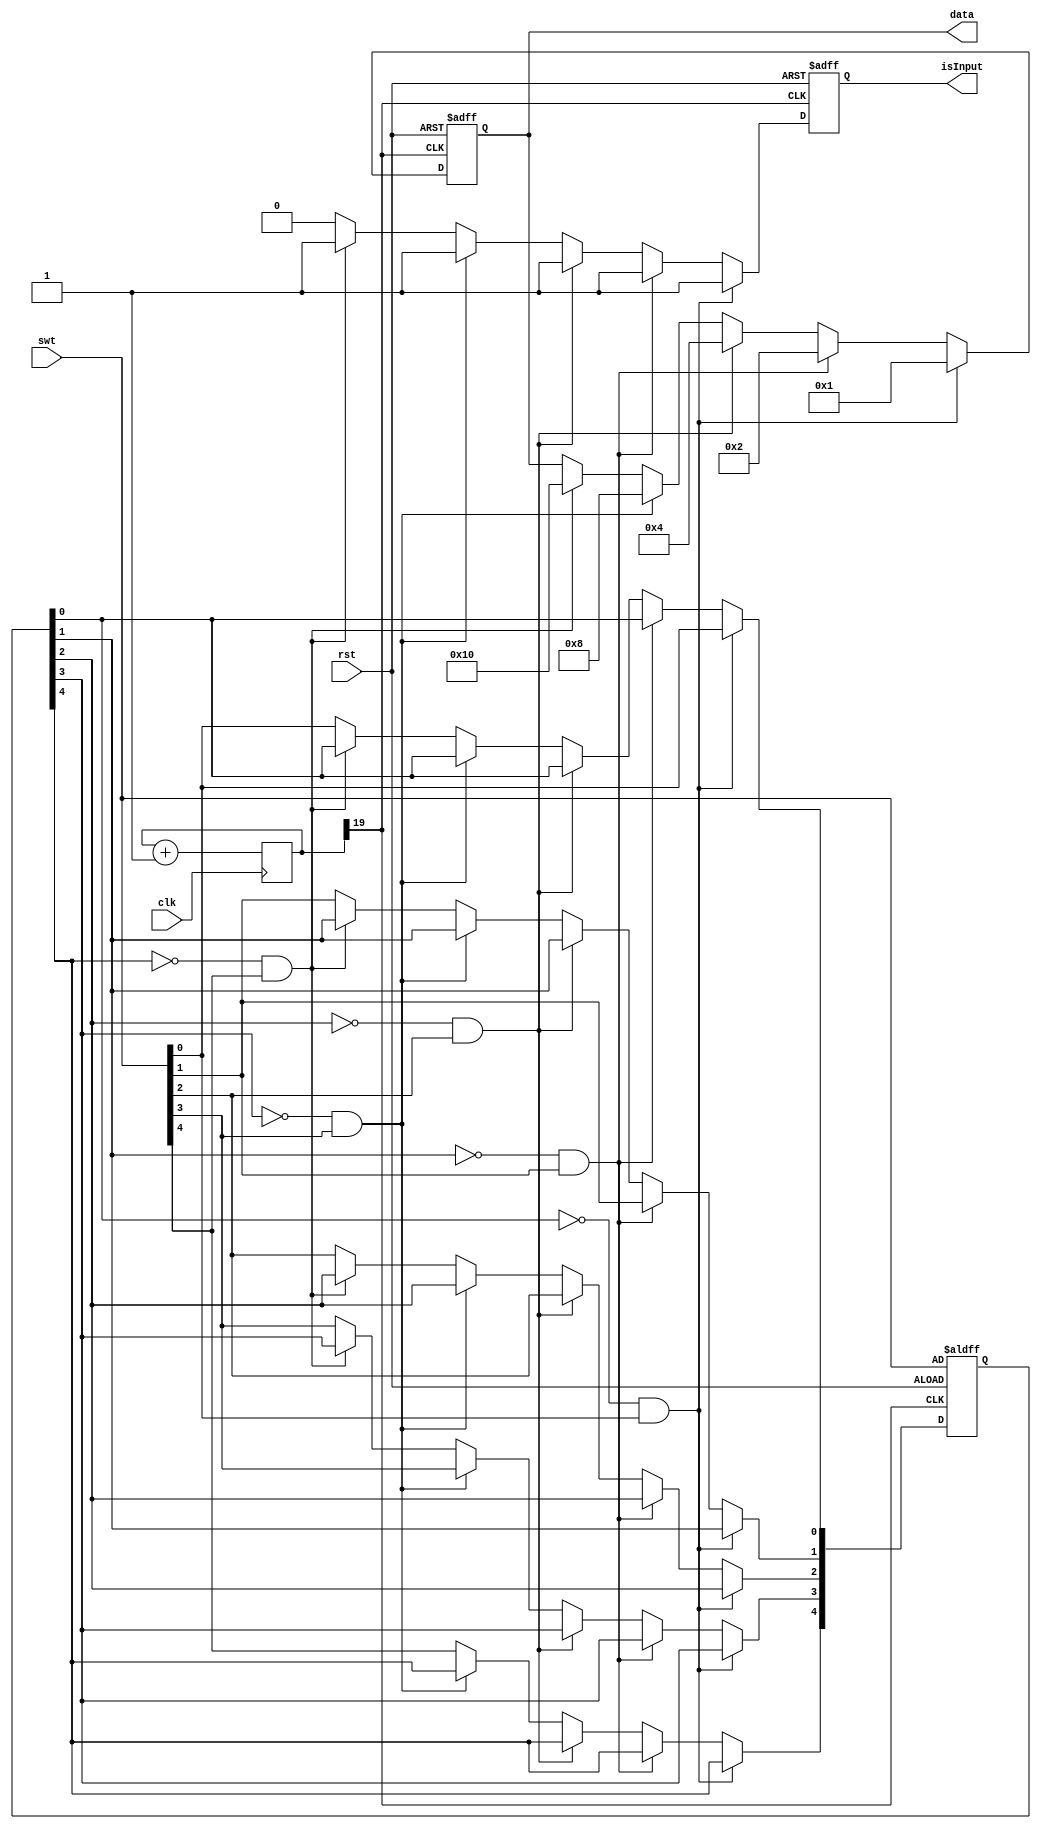
`timescale 1ns / 1ps
//////////////////////////////////////////////////////////////////////////////////
// Company: 
// Engineer: 
// 
// Design Name: 
// Module Name: key
// Project Name: 
// Target Devices: 
// Tool Versions: 
// Description: 
// 
// Dependencies: 
// 
// Revision:
// Revision 0.01 - File Created
// Additional Comments:
// 
//////////////////////////////////////////////////////////////////////////////////


module key(
    input clk,
    input rst,
    input [4:0] swt,
    output isInput,
    output [4:0]data
    //output [4:0]led
    );
    
    reg [19:0]count=0;
    reg [4:0]swt_last=0;
    reg [4:0]rdata=0;
    //reg [4:0]rled=0;
    reg isInput_reg=0;

   always@(posedge clk) count<=count+1;    // 100M/(2^20)
    
   always@(posedge count[19] or posedge rst)      //5swt
    begin
        if(rst) begin
            rdata <= 0; 
            isInput_reg <=0; 
            swt_last <= swt; 
        end
        else begin
        if(swt_last[0] == 0 && swt[0] == 1) begin
            rdata<=5'b00001;
           // rled[0]<=1;
            swt_last[0] <= swt[0];
            isInput_reg <= 1;         
        end
        
         else if(swt_last[1] == 0 && swt[1] == 1) begin
            rdata<=5'b00010;
            //rled[1]<=1;
            swt_last[1] <= swt[1];
            isInput_reg <= 1;          
        end
        
        else if(swt_last[2] == 0 && swt[2] == 1) begin
            rdata<=5'b00100;
            //rled[2]<=1;
            swt_last[2] <= swt[2];
            isInput_reg <= 1;         
        end
             
        else if(swt_last[3] == 0 && swt[3] == 1) begin
            rdata<=5'b01000;
           // rled[3]<=1;
            swt_last[3] <= swt[3];
            isInput_reg <= 1;    
        end
     
        else if(swt_last[4] == 0 && swt[4] == 1) begin
            rdata<=5'b10000;
           // rled[4]<=1;
            swt_last[4] <= swt[4];
            isInput_reg <= 1;          
        end         
                  
        else 
            begin
            isInput_reg <=0; 
            swt_last <= swt;             
            end 
         end             
    end
    
    assign data=rdata;
    assign isInput=isInput_reg;
    //assign led=rled;
       
endmodule

/*
module key(
    input clk,
    input [4:0] swt,
    output isInput,
    output [4:0]data
    );
    
    reg [15:0]count=0;
    reg [4:0]swt_last=0;
    reg [4:0]rdata=0;
    reg isInput_reg=0;
    
    always@(posedge clk) count<=count+1;    // 100M/(2^16)
    
    always@(posedge count[15])      //5swt
    begin
        if(swt_last[0] == 0 && swt[0] == 1) begin
            rdata[0]<=1;
            swt_last[0] <= swt[0];
            isInput_reg <= 1;
        end
        else begin
            rdata[0] <= 0;
            swt_last[0] <= swt[0];
            isInput_reg <= 0;
        end
        
        if(swt_last[1] == 0 && swt[1] == 1) begin
            rdata[1]<=1;
            swt_last[1] <= swt[1];
            isInput_reg <= 1;
        end
        else begin
            rdata[1] <= 0;
            swt_last[0] <= swt[0];
            isInput_reg <= 0;
        end
        
        if(swt_last[2] == 0 && swt[2] == 1) begin
            rdata[2]<=1;
            swt_last[2] <= swt[2];
            isInput_reg <= 1;
        end
        else begin
            rdata[2] <= 0;
            swt_last[2] <= swt[2];
            isInput_reg <= 0;
        end
        
        if(swt_last[3] == 0 && swt[3] == 1) begin
            rdata[3]<=1;
            swt_last[3] <= swt[3];
            isInput_reg <= 1;
        end
        else begin
            rdata[3] <= 0;
            swt_last[3] <= swt[3];
            isInput_reg <= 0;
        end
        
        if(swt_last[4] == 0 && swt[4] == 1) begin
            rdata[4]<=1;
            swt_last[4] <= swt[4];
            isInput_reg <= 1;
        end         
        else begin
            rdata[4] <= 0;
            swt_last[4] <= swt[4]; 
            isInput_reg <= 0;
        end                      
    end
    
    assign data=rdata;
    assign isInput=isInput_reg;
       
endmodule
*/